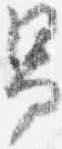
男